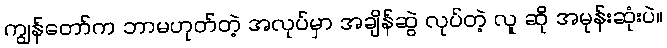
ကျွန်တော်က ဘာမဟုတ်တဲ့ အလုပ်မှာ အချိန်ဆွဲ လုပ်တဲ့ လူ ဆို အမုန်းဆုံးပဲ။